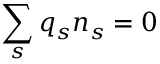
\sum _ { s } q _ { s } n _ { s } = 0